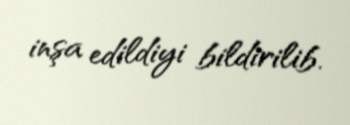
inşa edildiyi bildirilib.